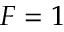
F = 1